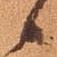
候